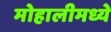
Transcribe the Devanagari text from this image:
मोहालीमध्ये